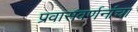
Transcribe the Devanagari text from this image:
प्रवासवर्णनांचा